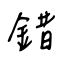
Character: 錯